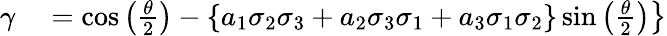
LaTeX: \left.{\begin{array}{rl}{\gamma}&{{}=\cos\left({\frac{\theta}{2}}\right)-\{ a_{1}\sigma_{2}\sigma_{3}+a_{2}\sigma_{3}\sigma_{1}+a_{3}\sigma_{1}\sigma_{2}\} \sin\left({\frac{\theta}{2}}\right)}\end{array}}\right\}